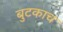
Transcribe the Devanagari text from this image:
बुटकाच